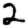
Digit: 2